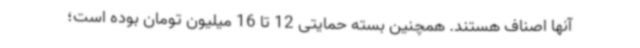
آنها اصناف هستند. همچنین بسته حمایتی 12 تا 16 میلیون تومان بوده است؛